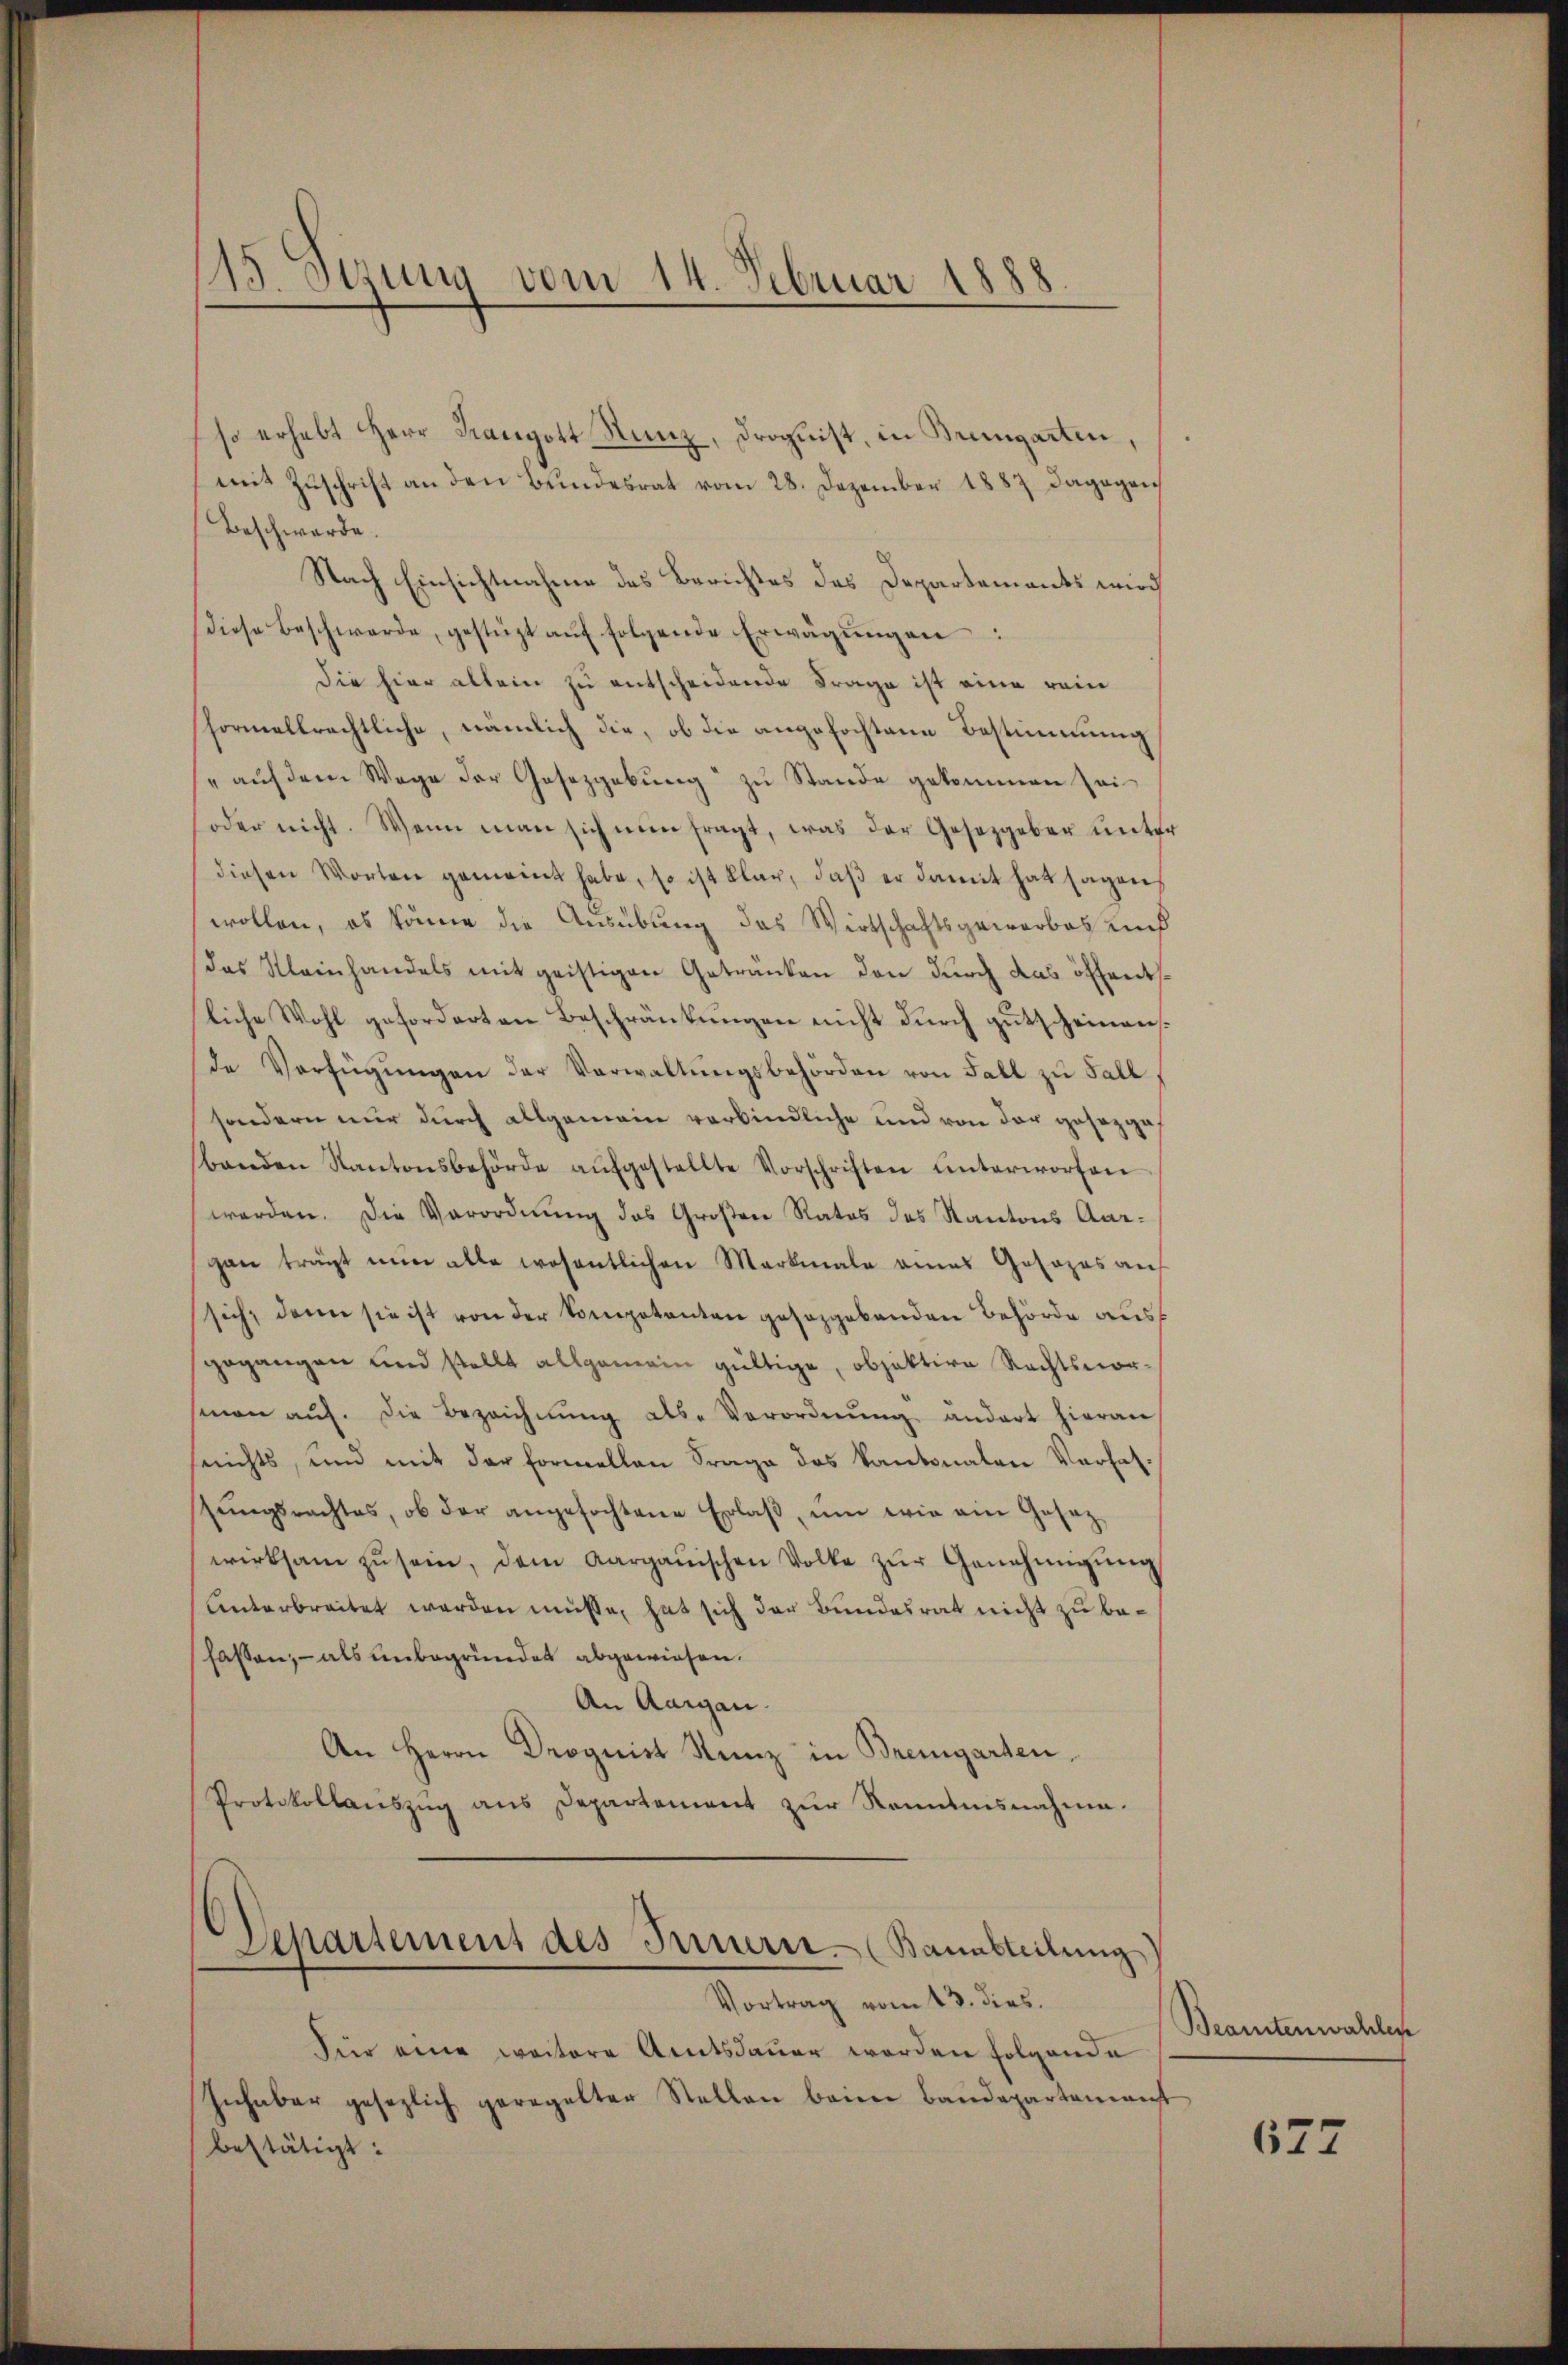
115. Serung vom 14. Februar 1888.

so erhebt Herr Rangott Nunz, Droguist, in Bremgarten,
mit Zŭschrift an den Bŭndesrat vom 28. Dezember 1887 dagegen
Beschwerde.
Nach Einsichtnahme des Berichtes des Departements wird
diese Beschwerde, gestüzt aŭf folgende Erwägŭngen:
die hier allein zu entscheidende Frage ist eine rein
hormallrechtliche, nämlich die, ob die angefochtene Bestimmung
se auf dem Wege der Gesetzgebung zu Stande gekommen sei
soder nicht. Wenn man sich nun fragt, was der Gesetzgeber ŭnter
diesen Worten gemeint habe, so ist klar, daβ er damit hat sagen,
wollen, es könne die Ausübung das Wirtschaftsgewarbes auf
das Kleinhandels mit geistigen Getränken den durch das öffentliche Wohl geforderten Beschränkungen nicht durch gutscheinensde Verfügŭngen der Verwaltŭngsbehörden von Fall zu Fall
sondern nur durch allgemein verbindliche und von der gesetzgebanden Kantonsbehörde aŭfgestellte Vorschriften ŭnterworfen
werden. Die Verordnung des Großen Rates des Kantons Aargan trägt nun alle wesentlichen Merkmale eines Gosozas an
sich, dann sie ist von der Competenten gesaggebenden Behörde ausf
gegangen und stellt allgemein gültige, objektive Rechtsvorsinon aŭf. Die Bezeichnŭng als Verordnŭng ändert hieran
serichts, und mit der Formellen Frage des Kantonalen Verhalstŭngsrachtes, ob der angefochtene Erlaβ ŭm wie ein Gesetz
wirksam zŭ sein, dem Aargauischen Volke zŭr Genehmigŭng
Unterbreitet werden müsse, hat sich der Bundesrat nicht zu befassen, – als unbegründet abgewiesen.
An Aargau.
An Herrn Droguist Stanz in Bremgarten,
Protokollaŭszŭg ans Departement zŭr Romanisnahme.
Departement des Innern. (Bauabteilung
Vortrag vom 13. dies.
Für eine weitere Amtsdauer werden folgende
Inhaber gesezlich geregelter Stellen bann Baudepartamanst
bestätigt:

Beamtenwahlen

677